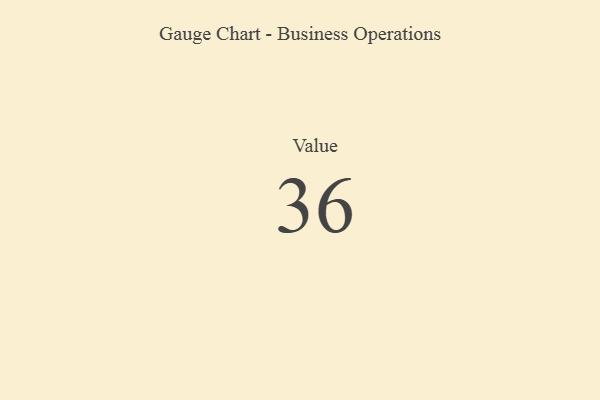
{"axis": {"x": "Metric", "y": "Value"}, "legend": [""], "data": [{"x": "Value", "y": 36, "type": ""}]}